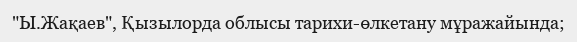
"Ы.Жақаев", Қызылорда облысы тарихи-өлкетану мұражайында;